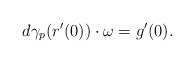
\begin{align*}d\gamma_p(r'(0))\cdot \omega=g'(0).\end{align*}